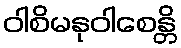
ဝါစိမနုဝါစေန္တိ